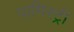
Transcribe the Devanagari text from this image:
पामिस्ट्री